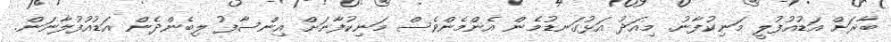
ބާރަށް އަޑުއުފުލީ މަނިކުފާނު. މިއަދު އަޅުގަނޑުމެން އެންމެންވެސް މަނިކުފާނަށް އިންސާފު ލިބެންދެން އަޑުއުފުލާނަން.